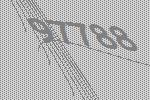
97788